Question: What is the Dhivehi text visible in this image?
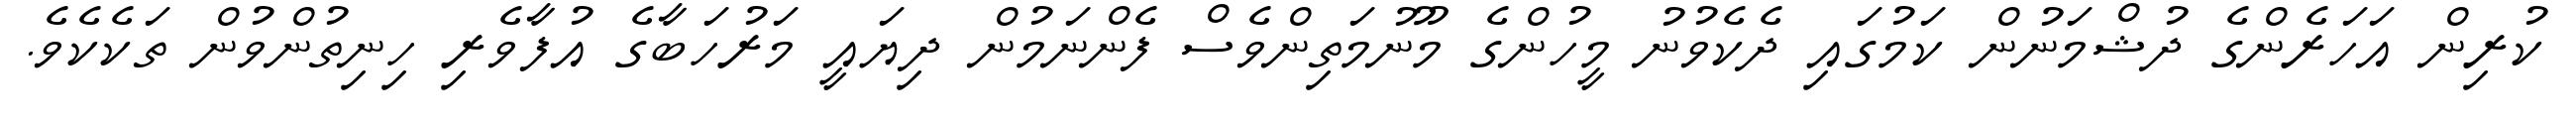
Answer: ކުރިން އަހަރެންގެ ދުޝްމަނުން ކަމުގައި ދެކެވުނު މީހުންގެ މޫނުމަތިންވެސް ފެންނަމުން ދިޔައީ މަރުހަބާގެ އުފާވެރި ހިނިތުންވުން ތަކެކެވެ.